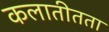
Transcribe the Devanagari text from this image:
कलातीतता